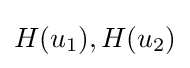
H(u_{1}),H(u_{2})